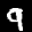
Label: 9